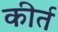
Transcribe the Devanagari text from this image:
कीर्त